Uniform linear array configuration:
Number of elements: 16
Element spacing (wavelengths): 0.75
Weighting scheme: blackman
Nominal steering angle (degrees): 60
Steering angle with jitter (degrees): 60.796
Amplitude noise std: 0.05
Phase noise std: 0.05

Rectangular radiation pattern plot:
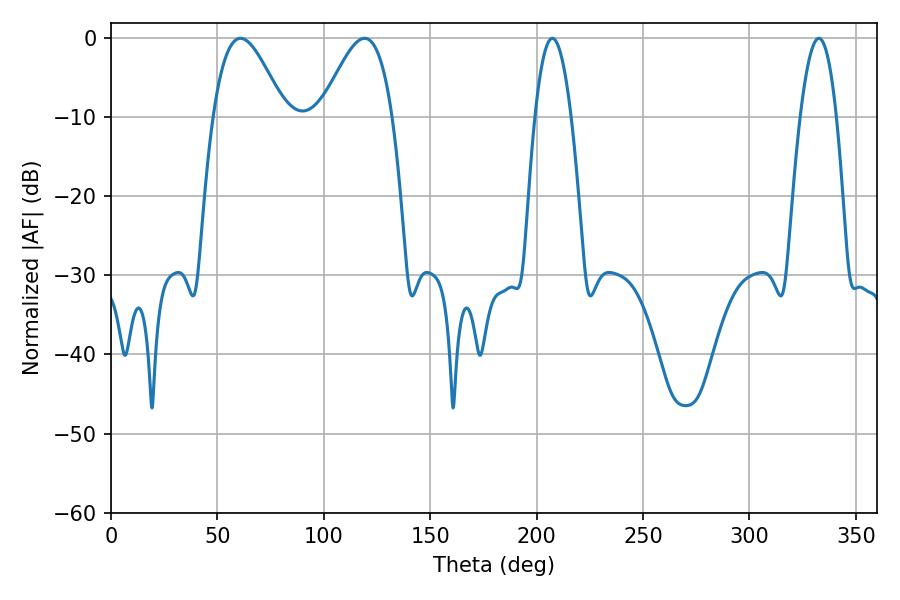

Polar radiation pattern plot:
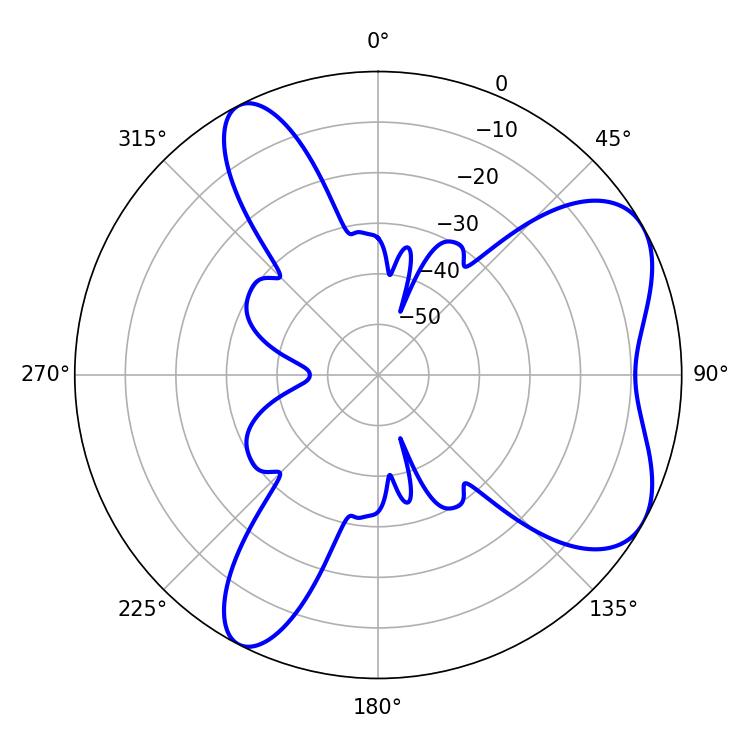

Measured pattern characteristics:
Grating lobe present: TRUE
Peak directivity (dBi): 6.253
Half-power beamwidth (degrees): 17.82
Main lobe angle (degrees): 60.84